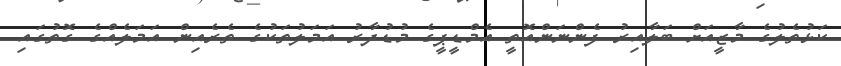
ކަޅުތެލުގެ މާޒީއަށް ބަލާއިރު ފެންނަންއޮތީ އެމްޑީޕީގެ މުޑުދާރު އަމަލުތަކުގެ ތެރެއިން އަމަލެއްގެ ގޮތުގައި